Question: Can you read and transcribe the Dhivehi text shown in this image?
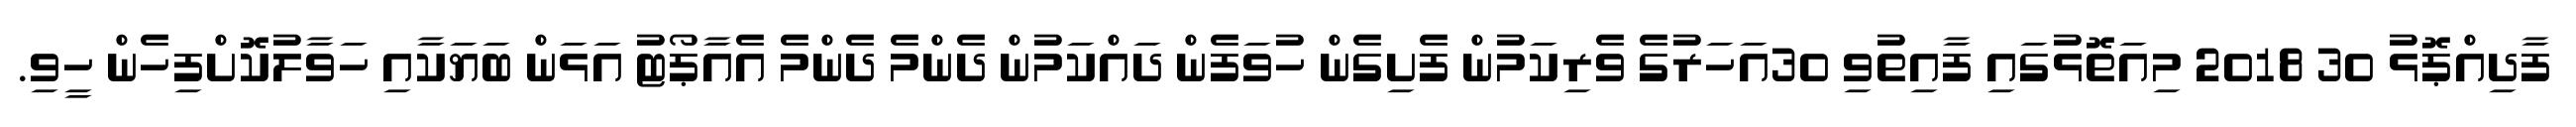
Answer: ފާދިއްޕޮޅު 30 2018 މިއަތޮޅުގައި ފާއިތުވި 30އަހަރުގެ ވެރިކަމުން ފެށިގެން ހުވަފެން ދައްކަމުން ދެންމެ ދެންމެ އެއާޕޯޓު އަޅަން ބަޔަކާއި ހަވާލުކޮށްފިހެން ހީވި.